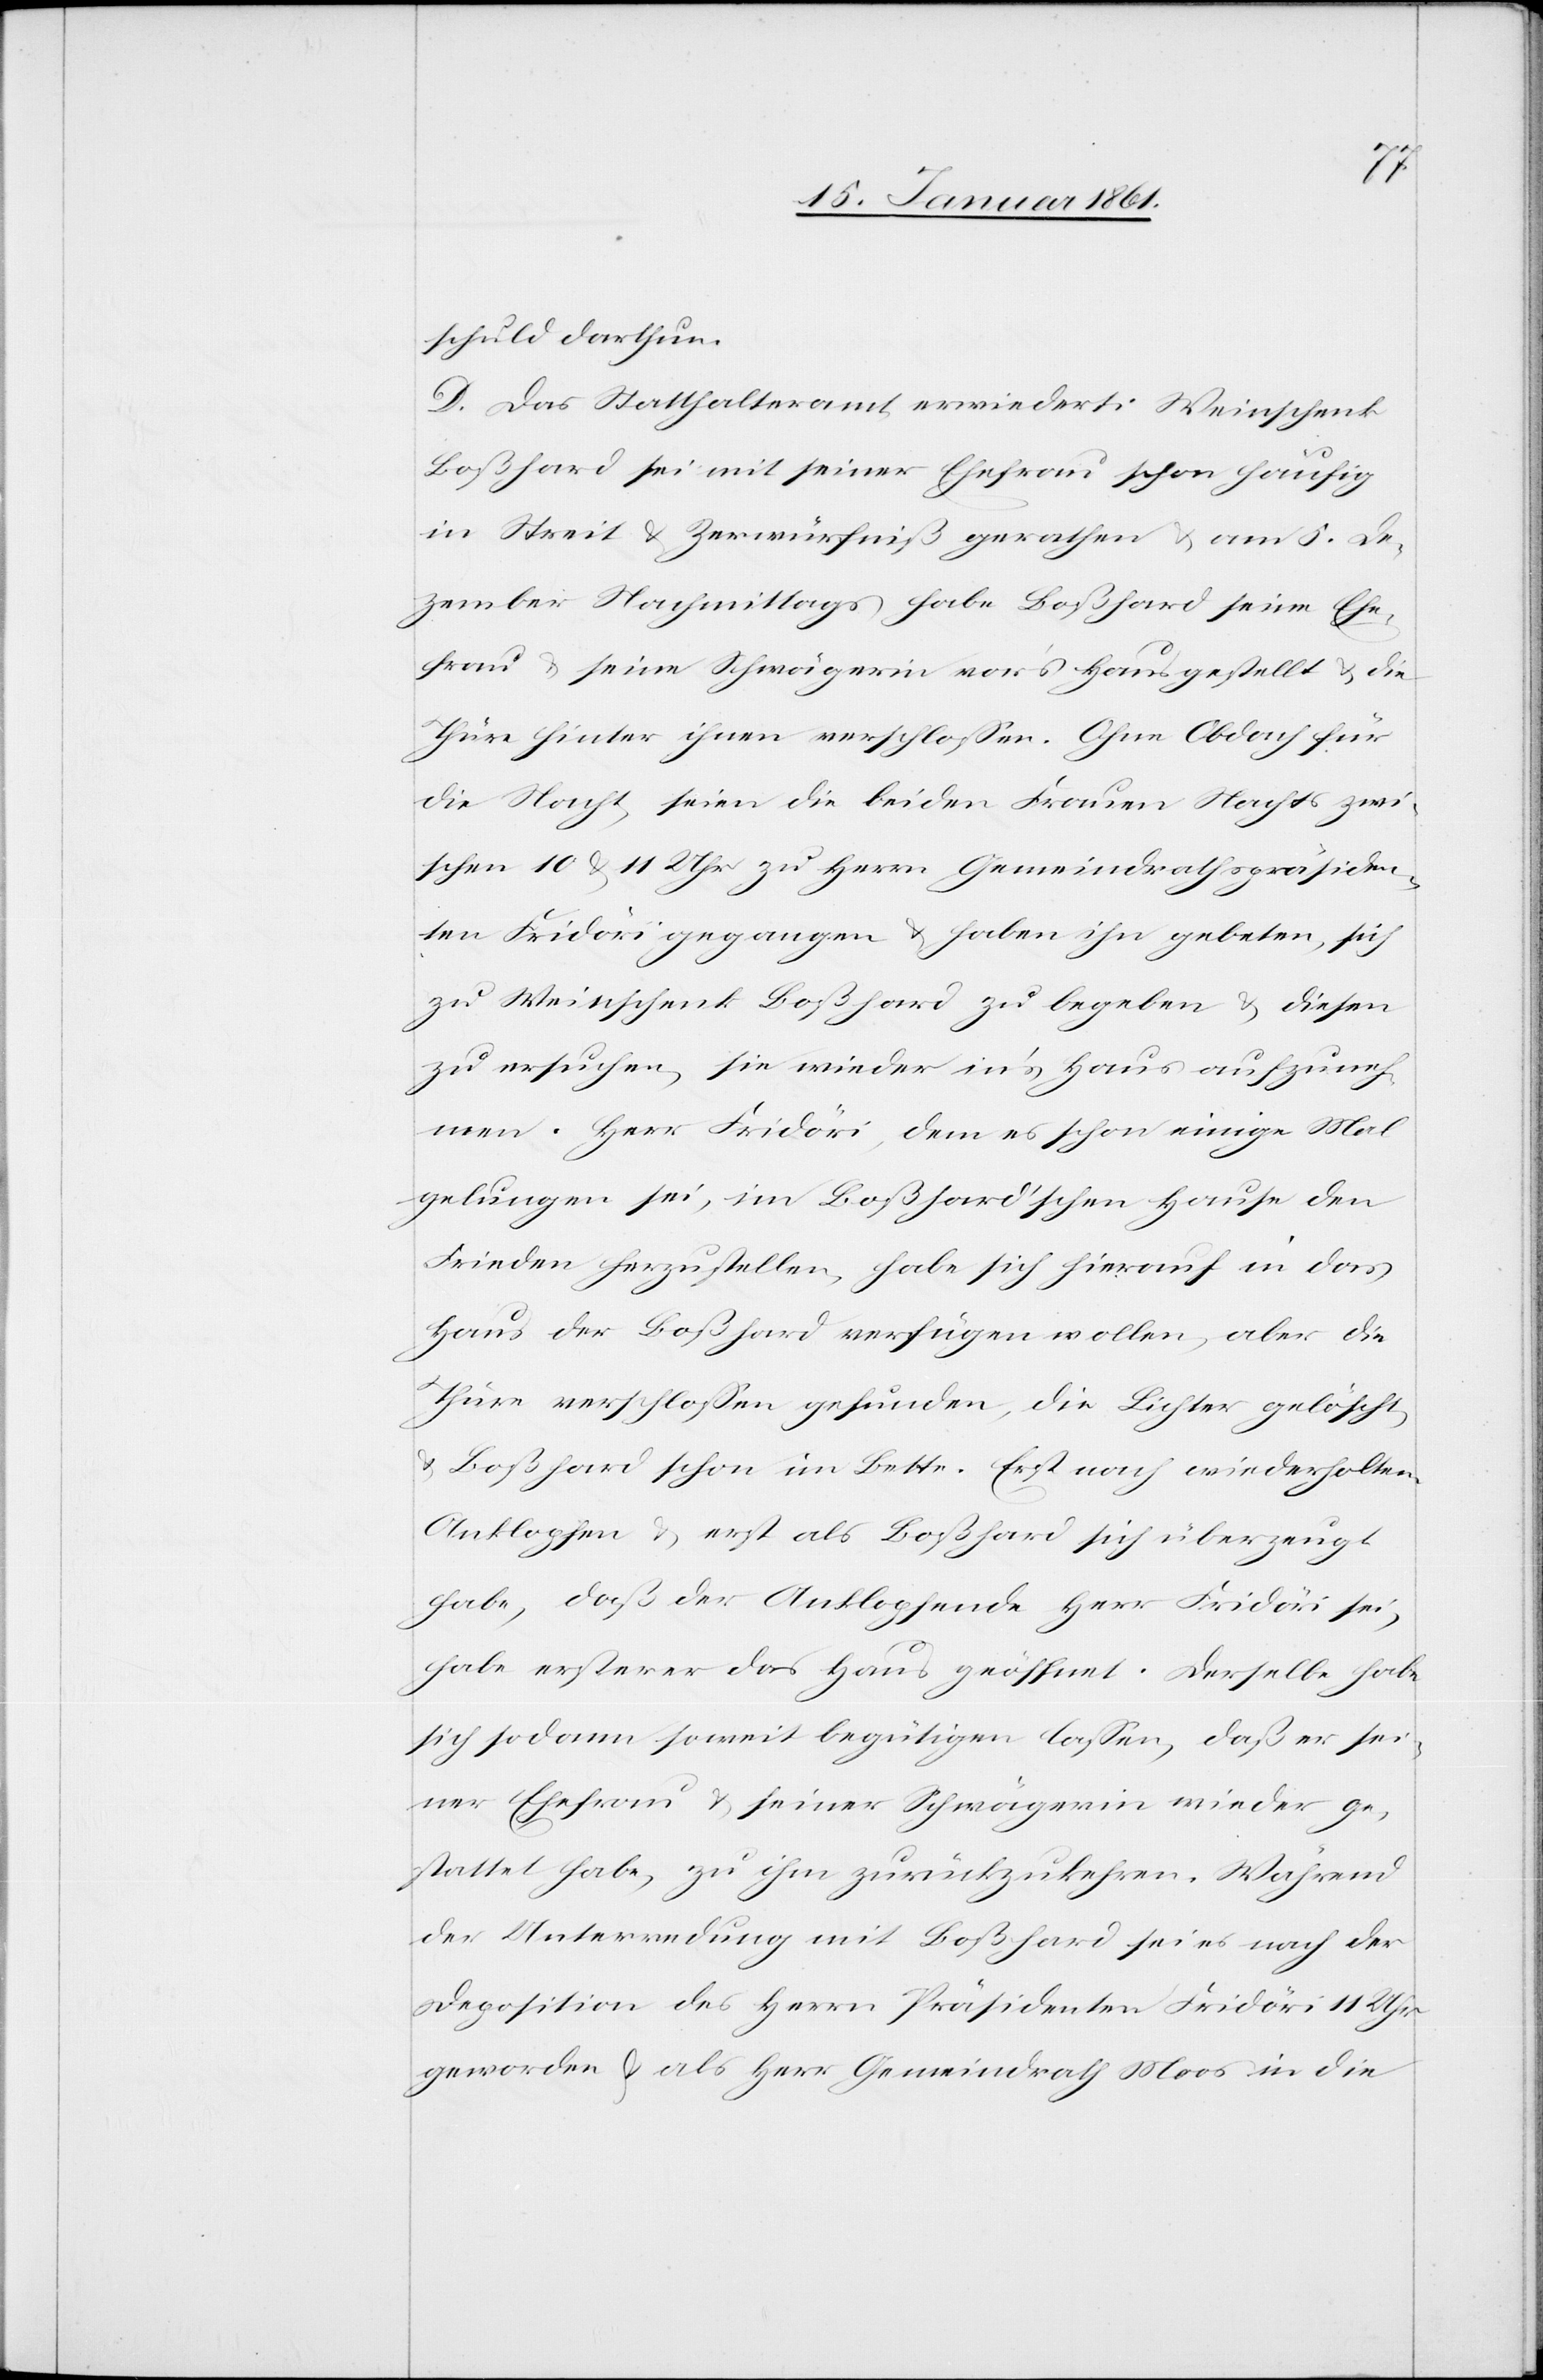
schuld darthun.
D. Das Statthalteramt erwiedert: Weinschenk
Boßhard sei mit seiner Ehefrau schon häufig
in Streit u. Zerwürfniß gerathen u. am 5. De¬
zember Nachmittags habe Boßhard seine Ehe¬
frau u. seine Schwägerin vor’s Haus gestellt u. die
Thüre hinter ihnen verschlossen. Ohne Obdach für
die Nacht, seien die beiden Frauen Nachts zwi¬
schen 10 u. 11 Uhr zu Herrn Gemeindrathspräsiden¬
ten Fridöri gegangen u. haben ihn gebeten, sich
zu Weinschenk Boßard zu begeben u. diesen
zu ersuchen, sie wieder in’s Haus aufzuneh¬
men. Herrr Fridöri, dem es schon einige Mal
gelungen sei, im Boßhard’schen Hause den
Frieden herzustellen, habe sich hierauf in das
Haus des Boßhard verfügen wollen, aber die
Thür verschlossen gefunden, die Lichter gelöscht
u. Boßhard schon im Bette. Erst nach wiederholtem
Anklopfen u. erst als Boßhard sich überzeugt
habe, daß der Anklopfende Herr Fridöri sei,
habe ersterer das Haus geöffnet. Derselbe habe
sich sodann soweit begütigen lassen, daß er sei¬
ner Ehefrau u. seiner Schwägerin wieder ge¬
stattet habe, zu ihm zurückzukehren. Während
der Unterredung mit Boßhard sei es nach der
Deposition des Herrn Präsidenten Fridöri 11 Uhr
geworden u. als Herr Gemeindrath Moos in die